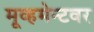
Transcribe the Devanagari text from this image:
मूव्हमेन्टवर